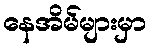
နေအိမ်များမှာ